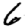
Digit: 6